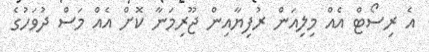
އެ ރިސޯޓް އެއް މިލިއަން ރުފިޔާއިން ޖޫރިމަނާ ކޮށް އެއް މަސް ދުވަހުގެ